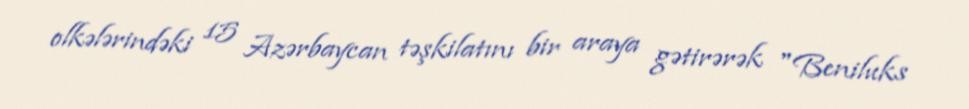
olkələrindəki 15 Azərbaycan təşkilatını bir araya gətirərək "Beniluks